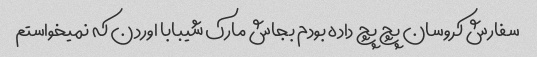
سفارش کروسان پچ پچ داده بودم بجاش مارک شیبابا اوردن که نمیخواستم